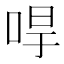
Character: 𠳲